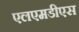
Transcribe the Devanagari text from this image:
एलएमडीएस